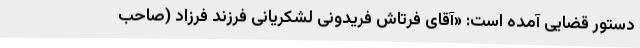
دستور قضایی آمده است: «آقای فرتاش فریدونی لشکریانی فرزند فرزاد (صاحب